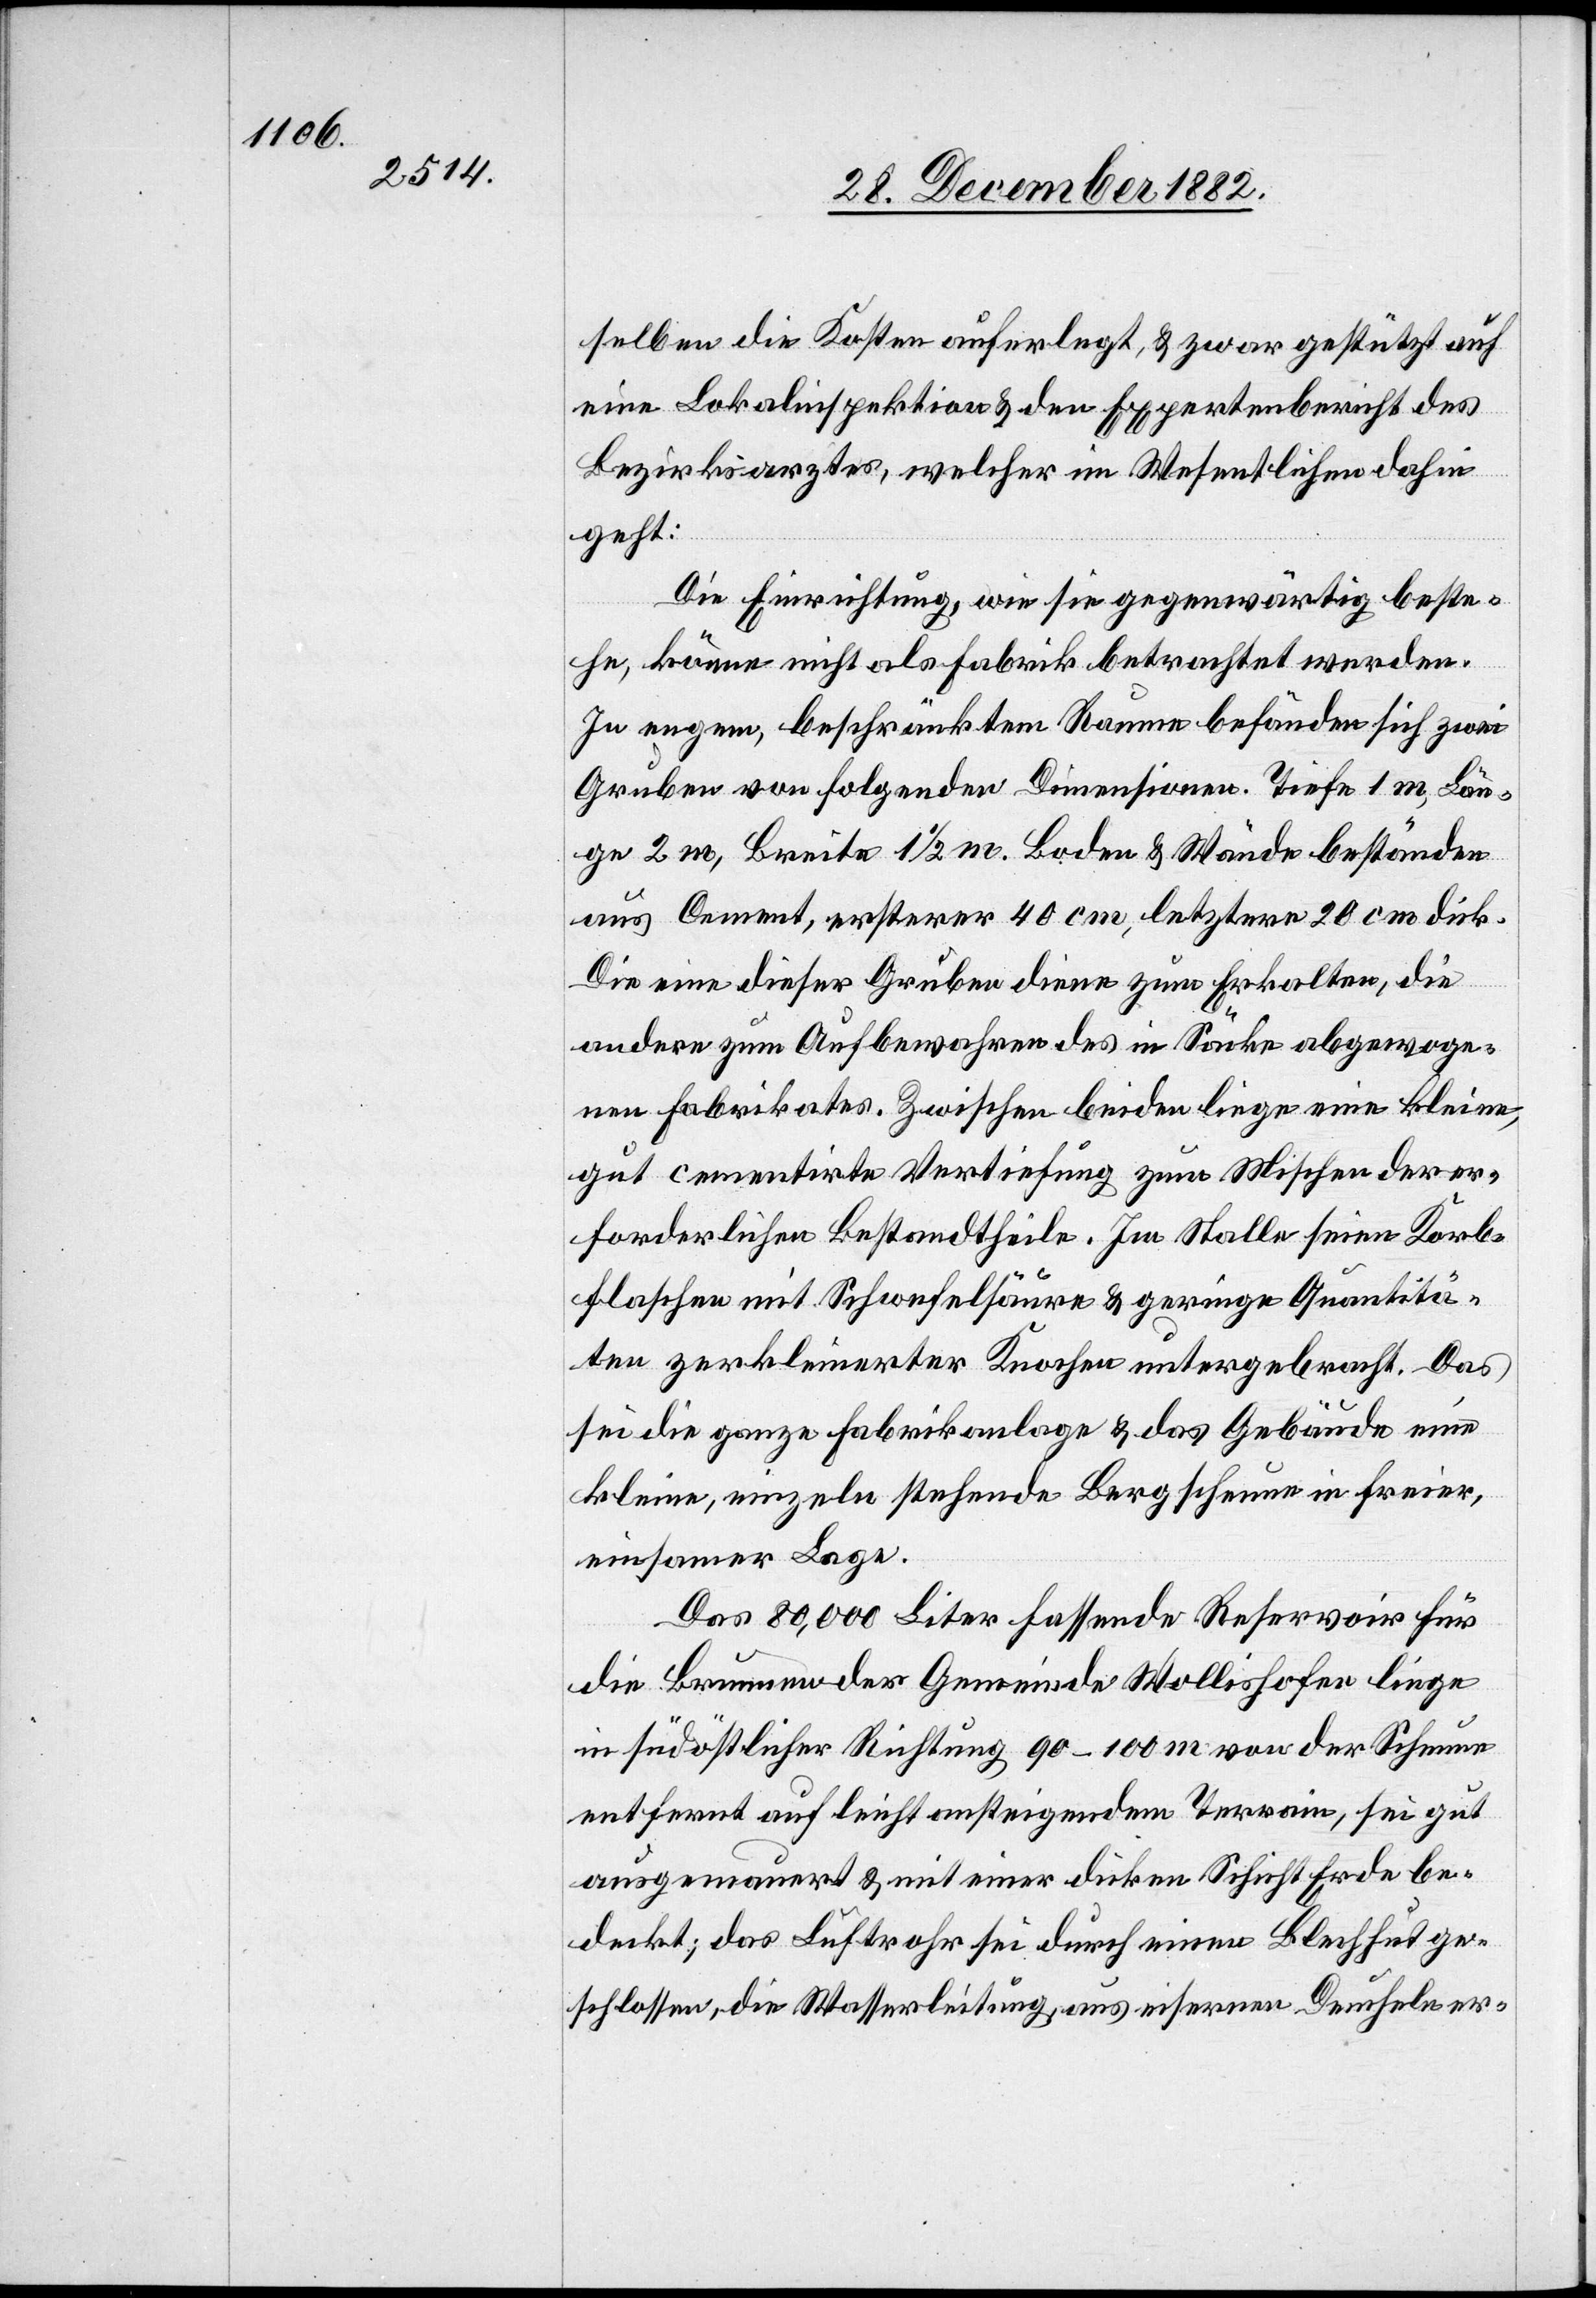
selben die Kosten auferlegt, & zwar gestützt auf
eine Lokalinspektion & den Expertenbericht des
Bezirksarztes, welcher im Wesentlichen dahin
geht:
Die Einrichtung, wie sie gegenwärtig beste¬
he, könne nicht als Fabrik betrachtet werden.
In engem, beschränktem Raum befänden sich zwei
Gruben von folgenden Dimensionen. [recte: :] Tiefe 1 m, Län¬
ge 2 m, Breite 1 1/2 m. Boden & Wände beständen
aus Cement, ersterer 40 cm, letztere 20 cm dick.
Die eine dieser Gruben diene zum Erkalten, die
andere zum Aufbewahren des in Säcke abgewoge¬
nen Fabrikates. Zwischen beiden liege eine kleine,
gut cementirte Vertiefung zum Mischen der er¬
forderlichen Bestandtheile. Im Stalle seien Korb¬
flaschen mit Schwefelsäure & geringe Quantitä¬
ten zerkleinerter Knochen untergebracht. Das
für die ganze Fabrikanlage & das Gebäude eine
kleine, einzeln stehende Bergscheune in freier,
einsamer Lage.
Das 80,000 Liter fassende Reservoir für
die Brunnen der Gemeinde Wollishofen liege
in südöstlicher Richtung 90–100 m von der Scheune
entfernt auf leicht ansteigendem Terrain, sei gut
ausgemauert & mit einer dicken Schicht Erde be¬
deckt; das Luftrohr sei durch einen Blechhut ge¬
schlossen, die Wasserleitung, aus eisernen Deucheln er-